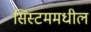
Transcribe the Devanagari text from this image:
सिस्टममधील